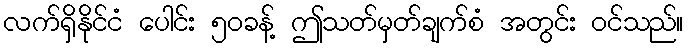
လက်ရှိနိုင်ငံ ပေါင်း ၅၀ခန့် ဤသတ်မှတ်ချက်စံ အတွင်း ဝင်သည်။